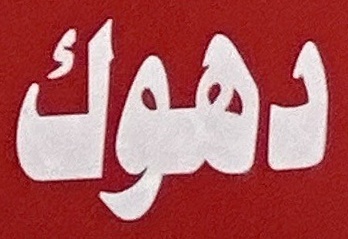
دهوك